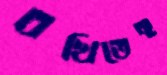
বখিতেছ